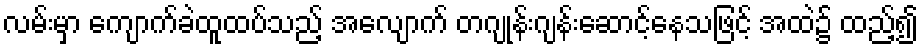
လမ်းမှာ ကျောက်ခဲထူထပ်သည့် အလျောက် တဂျုန်းဂျန်းဆောင့်နေသဖြင့် အထဲ၌ ထည့်၍